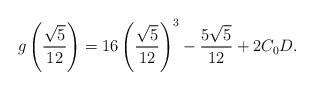
LaTeX: \begin{align*}g\left(\frac{\sqrt{5}}{12}\right)= 16\left(\frac{\sqrt{5}}{12}\right)^3 - \frac{5\sqrt{5}}{12} + 2C_{0}D.\end{align*}